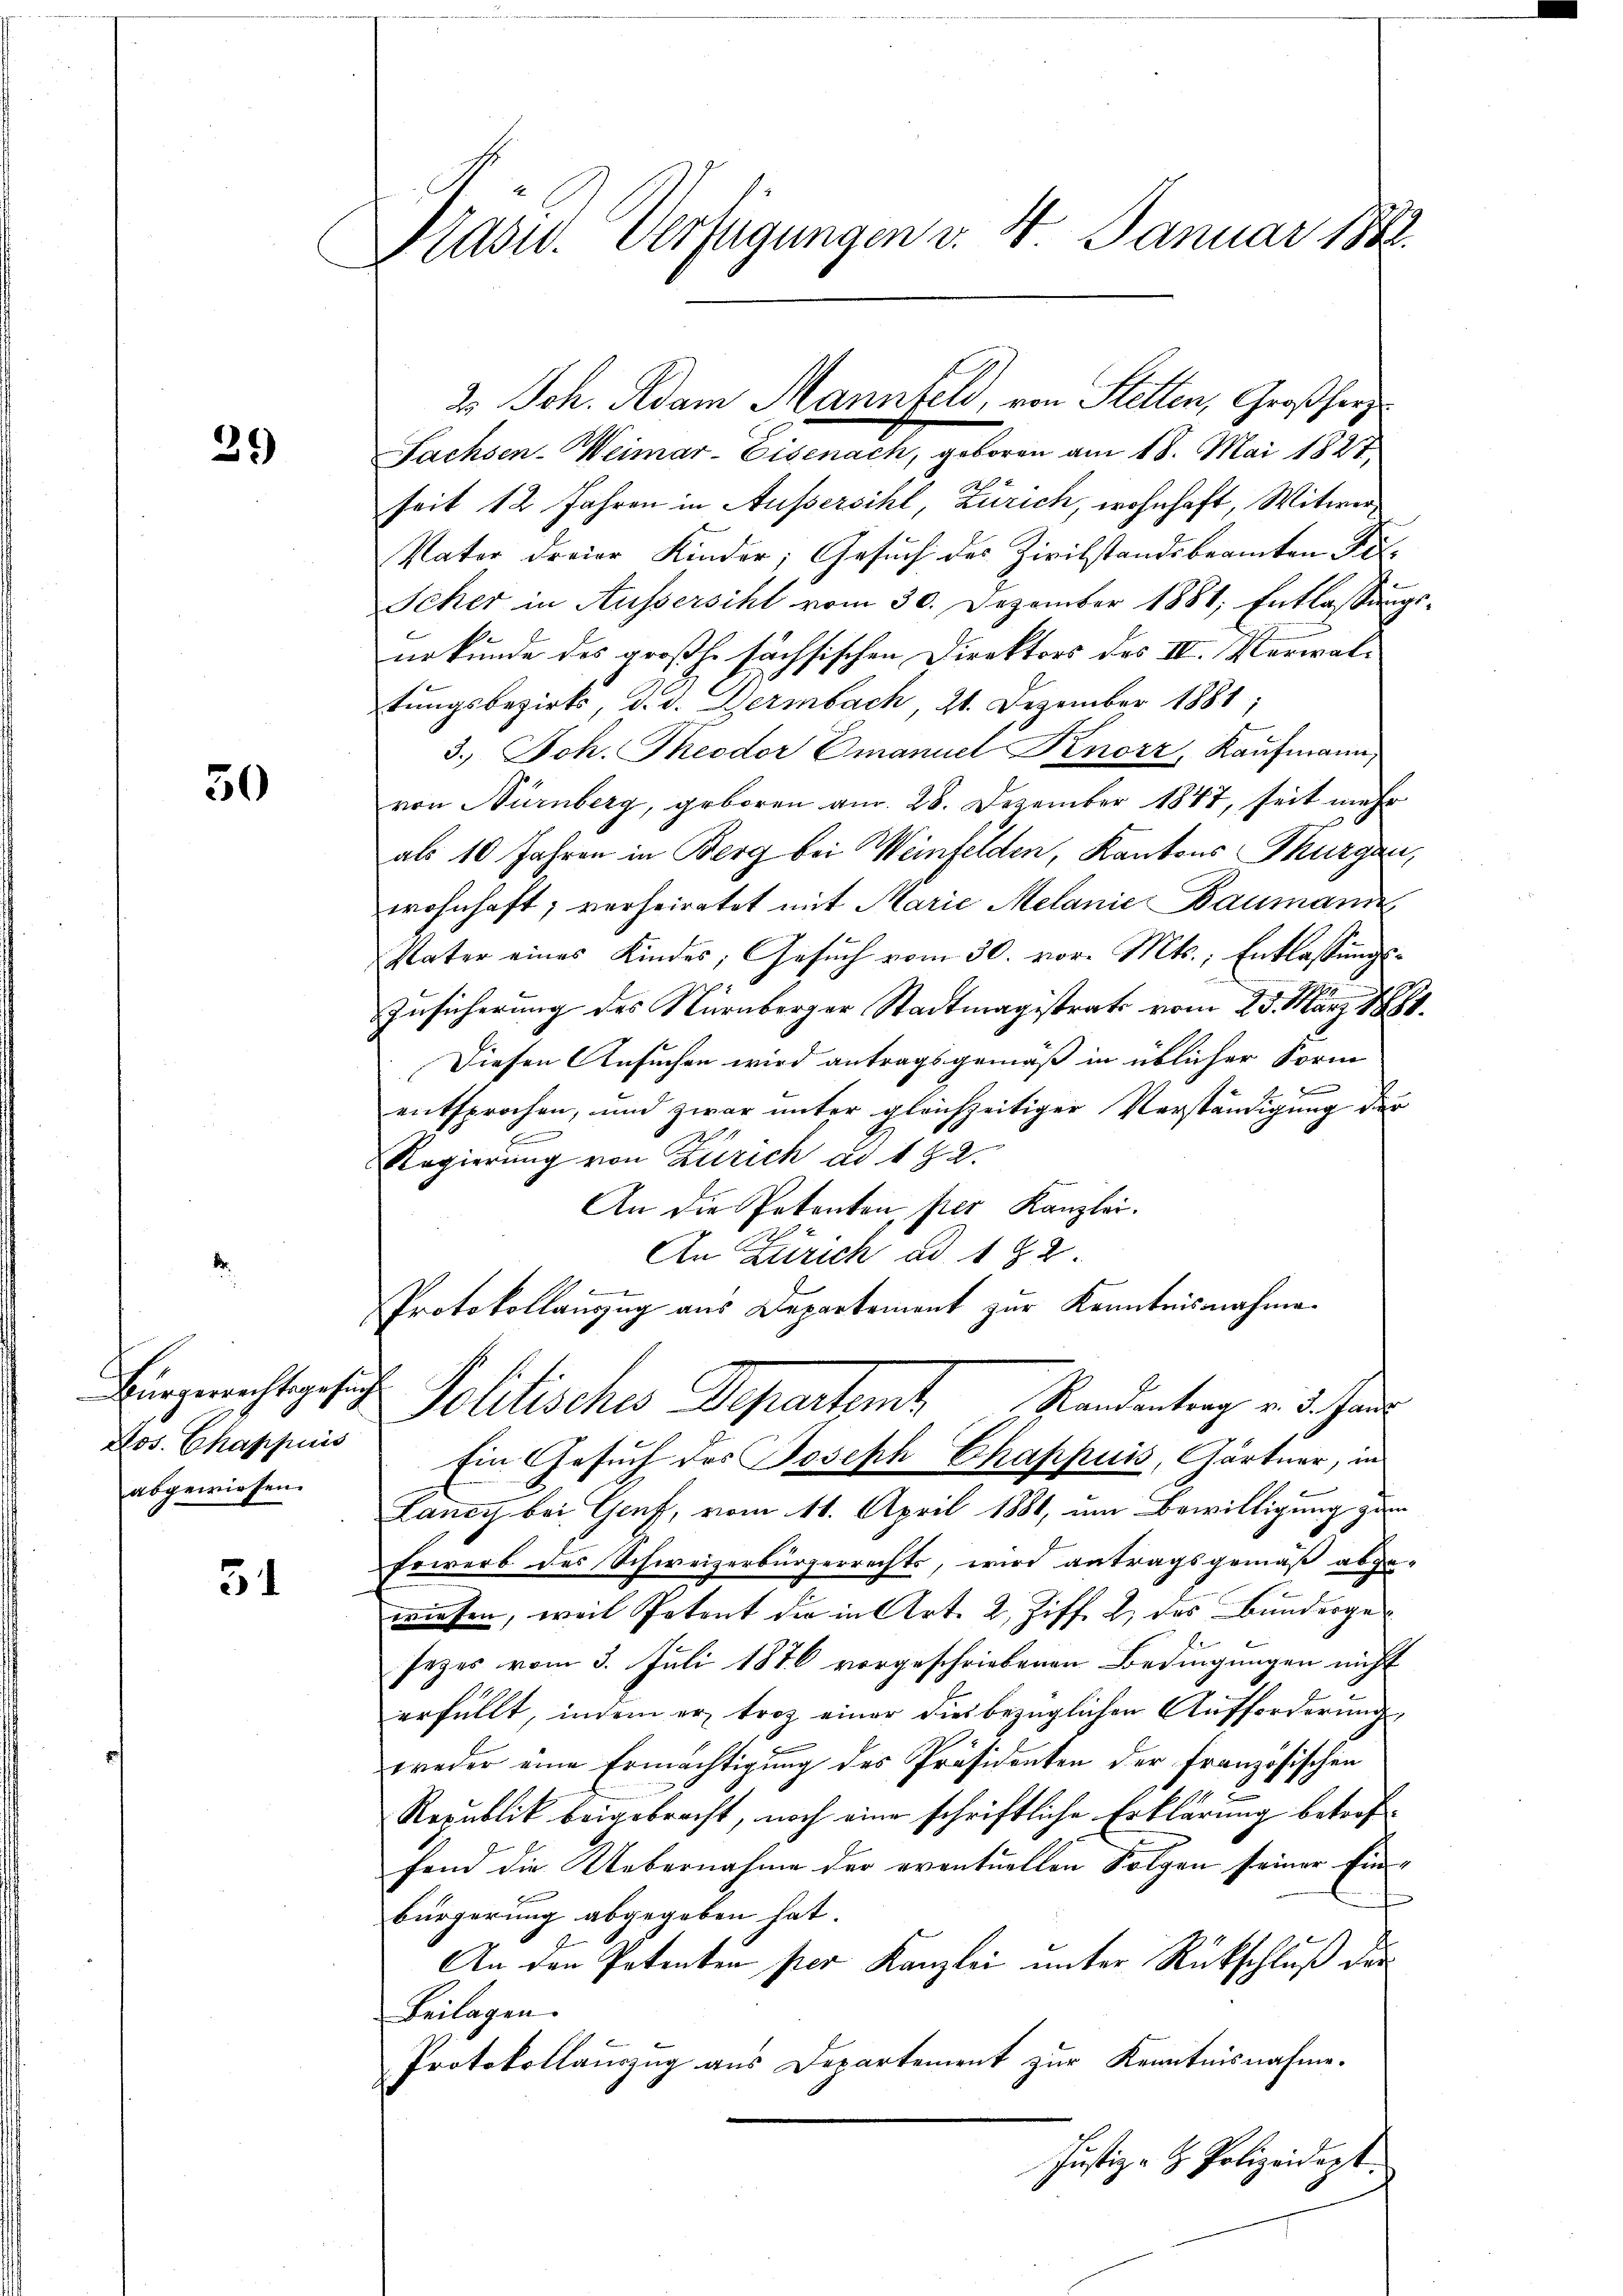
39)

30

Los. Chappiris
abgewiesen.

51

Präsid. Verfügungen d. 4. Januar 1882

Fachsen-Weimar-Eisenach, geboren am 18. Mai 1827.
seit 12 Jahren in Aussersihl, Zürich, wohnhaft, Witwer¬
Vater dreier Kinder; Gesŭch des Zivilstandsbeamten Pol
Scher in Aussersihl vom 30. Dezember 1881, Entlassung
urkunde des großhe sächsischen Direktors des IV. Verwaltungsbezirks, d. d. Bermbach, 21. Dezember 1881;
3.) Joh. Theodor Omanuel Knorr, Kaufmann,
von Nürnberg, geboren am 28. Dezember 1847, seit mehr
als 10 Jahren in Berg bei Weinfelden, Kantons Thurgau,
wohnhaft; verheiratet mit Marie Melanie Baumani
Vater eines Kindes; Gesuch vom 30. vor. Mts., Entlassungs¬
Zusicherung des Nürnberger Stadtmagistrats vom 25. März 188
Diesen Ansuchen wird antragsgemäß in üblicher Form
entsprochen, und zwar unter gleichzeitiger Verständigung der
2
Regierung von Zürich ad 1 § 2.
An die Petenten per Kanzlei.
An Zürich ad 192.
Protokollauszug aus Departement zur Kenntnisnahme¬
Bürgerichtsgesich Politisches Departamt Randentrag v. 3. Jan
Ein Gesuch des Joseph Chappuis, Gärtner, in
Lancy bei Genf, vom 11. April 1881, um Bewilligung zum
Erwerb des Schweizerbürgerrechts, wird antragsgemäß abge-
wiesen, weil Petent die in Art. 2, Ziff. 2. des Bundergesezes vom 3. Juli 1876 vorgeschriebenen Bedingungen nicht
erfüllt, indem er trotz einer dies bezüglichen Aufforderung
weder eine Ermächtigung des Präsidenten der Französischen
Republik beigebracht, noch eine schriftliche Erklärung betroffend die Uebernahme der eventuellen Folgen seiner Einbürgerung abgegeben hat.
An den Petenten per Kanzlei unter Rückschluß der
Beilagen.
Protokollauszug aus Departement zur Kenntnisnahme.
Justiz- & Polizeidigt.

2. Joh. Adam Mannfeld, von Stetten, Großherz